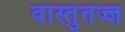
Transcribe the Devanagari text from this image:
वास्तुतज्ज्ञ